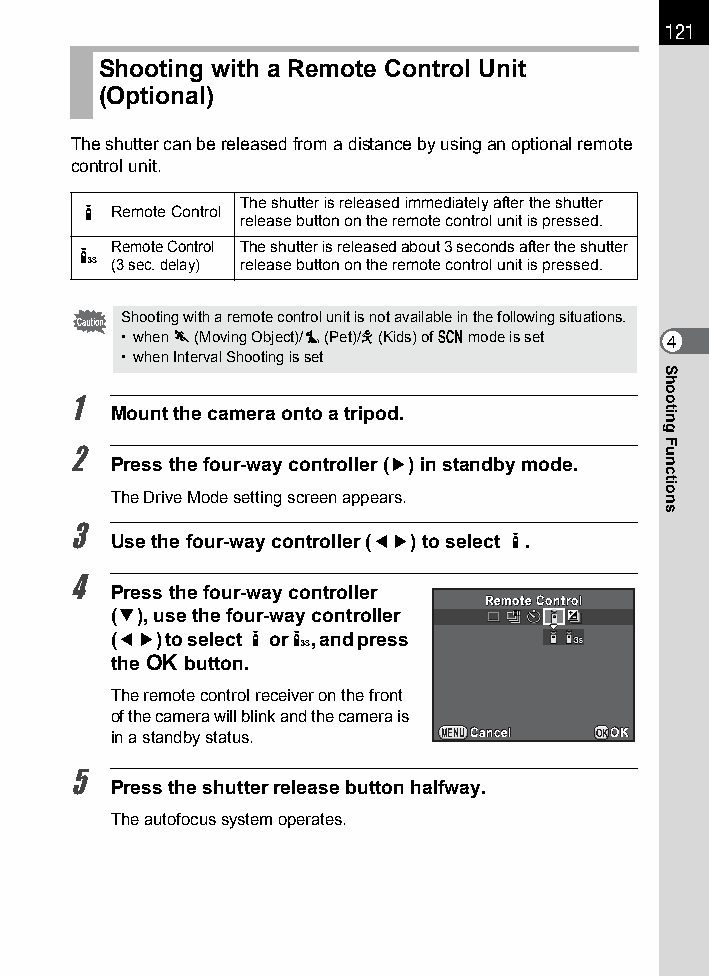
121
 Shooting with a Remote Control Unit
 (Optional)
 The shutter can be released from a distance by using an optional remote
 control unit.
 The shutter is released immediately after the shutter
 h Remote Control
 release button on the remote control unit is pressed.
 Remote Control The shutter is released about 3 seconds after the shutter
 i
 (3sec. delay) release button on the remote control unit is pressed.
 Shooting with a remote control unit is not available in the following situations.
 • when \ (Moving Object)/Z (Pet)/R (Kids) of H mode is set 4
 • when Interval Shooting is set
 1
 Mount the camera onto a tripod.
 2
 Press the four-way controller (5) in standby mode.
 The Drive Mode setting screen appears.
 3
 Use the four-way controller (45) to select h.
 4
 Press the four-way controller
 RReemmoottee CCoonnttrrooll
 (3), use the four-way controller
 (45) to select h or i, and press
 the 4 button.
 The remote control receiver on the front
 of the camera will blink and the camera is
 in a standby status.  MENUCCaanncceell OKOOKK
 5
 Press the shutter release button halfway.
 The autofocus system operates.
 Shooting
 Functions